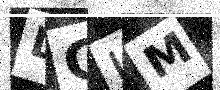
Text: DGLM